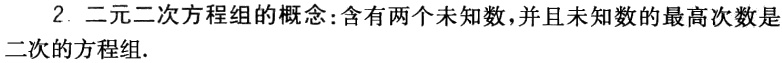
2. 二元二次方程组的概念:含有两个未知数，并且未知数的最高次数是二次的方程组.